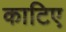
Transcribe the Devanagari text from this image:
काटिए